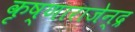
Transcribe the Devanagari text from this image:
कृष्णाराजेन्द्र